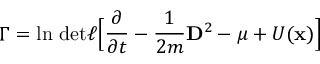
\Gamma = \ln \, \mathrm { d e t } \ell \Big \lbrack \frac { \partial } { \partial t } - \frac { 1 } { 2 m } { \bf D } ^ { 2 } - \mu + U ( { \bf x } ) \Big \rbrack